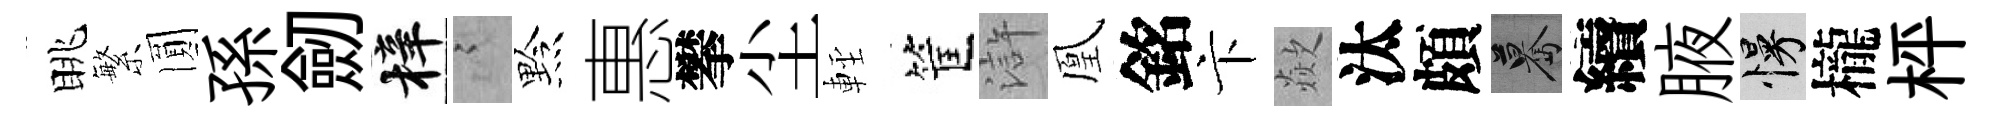
眺繁圎孫劒梓謭黔惠攀尘䡖筐滸凰銘卞歘汰頗驀續腋慢櫳枰